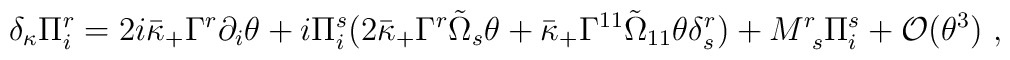
\delta_\kappa \Pi_i^r =  2i \bar{\kappa}_+ \Gamma^r \partial_i \theta     + i \Pi_i^s ( 2 \bar{\kappa}_+ \Gamma^r \tilde{\Omega}_s \theta                +\bar{\kappa}_+ \Gamma^{11} \tilde{\Omega}_{11} \theta                 \delta^r_s )     + M^r_{~s} \Pi_i^s     + {\cal O} (\theta^3) ~,